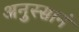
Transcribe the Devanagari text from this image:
अनुस्सानं